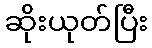
ဆိုးယုတ်ပြီး